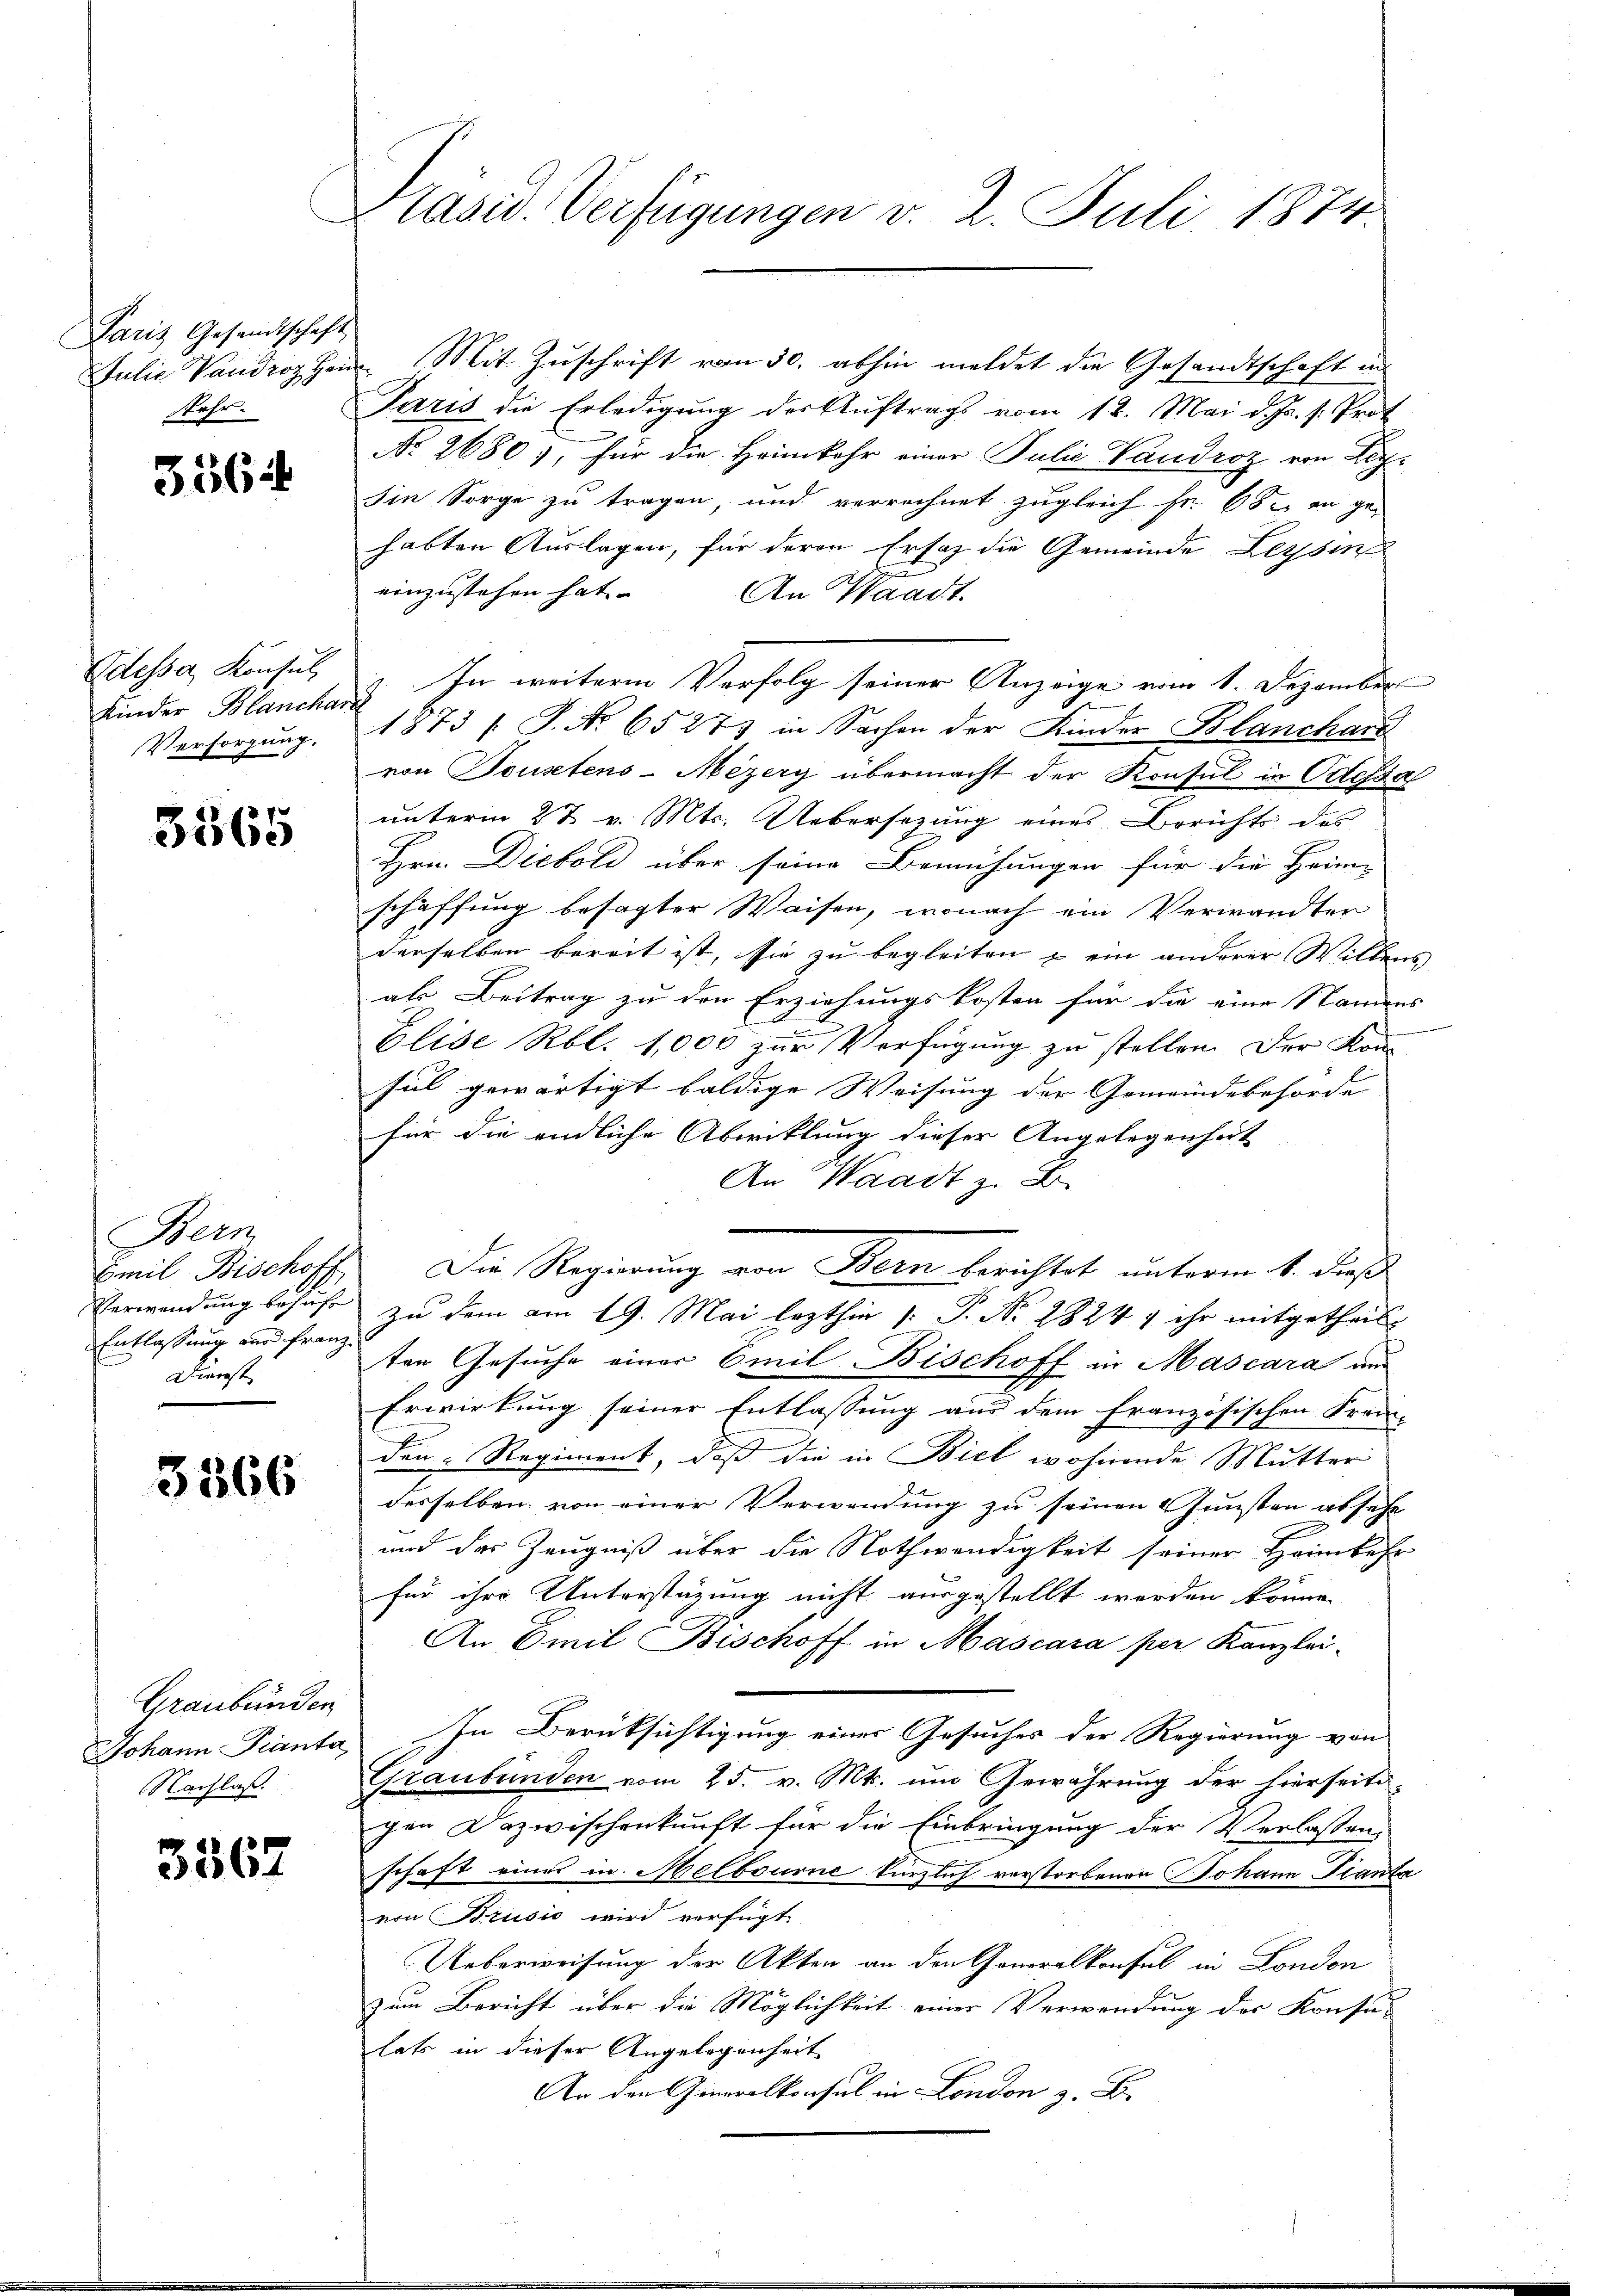
Paris Gesandtschaft
ahr.

3564

Odessa, Konsul
Versorgung.

3565

Bern
Entlassung wir Franz
Dienst

3566

Graubünden
Nachlaß.

3567

Präsid. Verfügungen v. 2. Juli 1874

Julie Vandrohen Mit Zŭschrift vom 30. abhin meldet die Gesandtschaft in
Paris die Erledigung der Auftrags vom 12. Mai d. Js. s. Prof.
No. 2680), für die Heimkehr einer Julie Vaudroz von Rich¬
Iin Sorge zu tragen, und verrechnet zugleich Fr. 652 an ge-
habten Auslagen, für deren Ersatz die Gemeinde Leysin
einzustehen hat.
An Waadt.
Kinder Blancherz. In weiterem Verfolg seiner Anzeige vom 1. Dezember
1873 (S. Nr. 65275 in Sachen der Kinder Blanchard
von Toustens-Mezery übermacht der Konsul in Odessa
unterm 27 v. Mts. Uebersezung eines Berichts des
Hrn. Diebold über seine Bemühungen für die Heim-
schaffung besagter Waisen, wonach ein Verwandter
derselben bereit ist, sie zu begleiten & ein anderer Willens
als Beitrag zu den Erziehungskosten für die eine Namens
Elise Rbl. 1,000 zur Verfügung zu stellen. Der Kom-
sul gewärtigt baldige Weisung der Gemeindebehörde |
für die endliche Abwicklung dieser Angelegenheit
An Waadt z. B.
Emil Bischoff. Die Regierung von Bern berichtet unterm 4. dieß
Verwendung behufe zu dem am 19. Mai lezthin /: P. Nr. 2824 v ihr mitgetheilt
ten Gesuche einer Emil Bischoff in Mascara aus
Erwirkung seiner Entlassung aus dem französischen Frem-
den. Regiment, daß die in Biel wohnende Mutter
desselben von einer Verwendung zu seinen Gunsten absehe
und das Zeugniß über die Nothwendigkeit seiner Heimkehr
für ihre Unterstüzung nicht ausgestellt werden könne.
An Emil Bischoff in Mascara per Kanzlei-
Johann Pianta. In Berüksichtigung einer Gesuches der Regierung von
Graubünden vom 25. v. Mts. um Gewährung der hierseits-
chen Dazwischenkunft für die Einbringung der Verlassen,
schaft eines in Melbourne kürzlich verstorbenen Johann Pianta
von Brusić wird verfügt
Ueberweisung der Akten an den Generalkonsul in London
zum Bericht über die Möglichkeit einer Verwendung der Konsulatz in dieser Angelegenheit
An den Generalkonsul in London z. B.

aendenen gernenneren